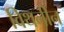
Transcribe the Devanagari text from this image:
विथनीन